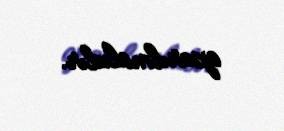
aparılmalıdır.